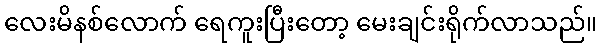
လေးမိနစ်လောက် ရေကူးပြီးတော့ မေးချင်းရိုက်လာသည်။